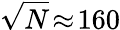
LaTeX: \sqrt{N}\! \approx\! 160